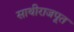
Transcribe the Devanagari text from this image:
साथीराजपूत